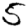
Digit: 5